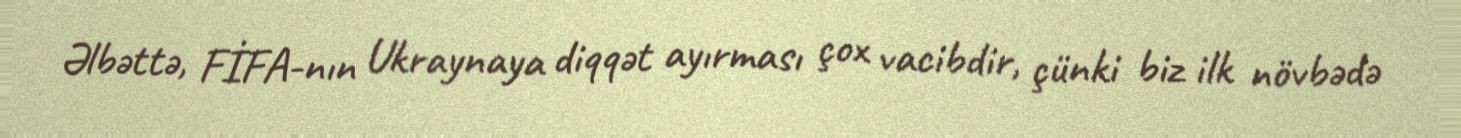
Əlbəttə, FİFA-nın Ukraynaya diqqət ayırması çox vacibdir, çünki biz ilk növbədə